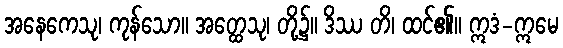
အနေကေသု၊ ကုန်သော။ အတ္ထေသု၊ တို့၌။ ဒိဿ တိ၊ ထင်၏။ ဣဒံ-ဣမေ